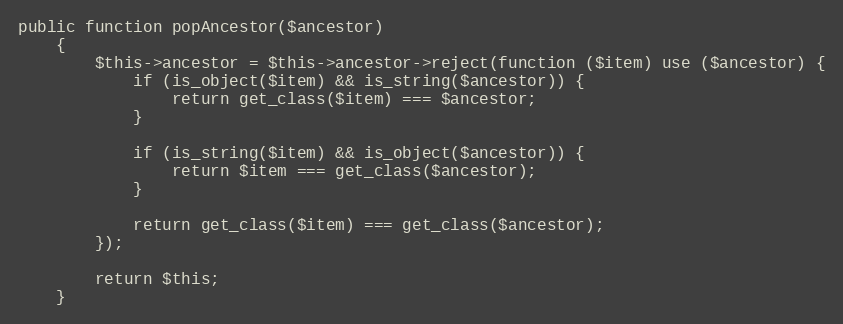
Language: PHP
public function popAncestor($ancestor)
    {
        $this->ancestor = $this->ancestor->reject(function ($item) use ($ancestor) {
            if (is_object($item) && is_string($ancestor)) {
                return get_class($item) === $ancestor;
            }

            if (is_string($item) && is_object($ancestor)) {
                return $item === get_class($ancestor);
            }

            return get_class($item) === get_class($ancestor);
        });

        return $this;
    }